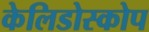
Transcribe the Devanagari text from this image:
केलिडोस्कोप